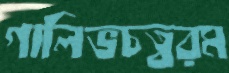
গালিভচত্বরম